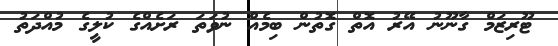
ޓޫރިޒަމް ގާނޫނު އޭރު އޮތް ގޮތުން ބިމެއް ނުވަތަ ރަށެއްގެ ކުލީގެ މުއްދަތު